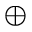
\bigoplus